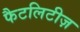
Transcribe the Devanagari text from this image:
फैटलिटीज़